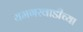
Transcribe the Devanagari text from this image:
यमगरवाडीच्या